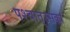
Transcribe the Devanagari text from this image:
पश्‍चात्‌उसका